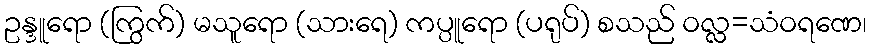
ဥန္ဒူရော (ကြွက်) မသူရော (သားရေ) ကပ္ပူရော (ပရုပ်) စသည် ဝလ္လ=သံဝရဏေ၊